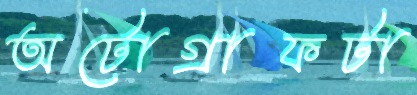
অটোগ্রাফটা